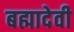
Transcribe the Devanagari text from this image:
बह्मादेवी